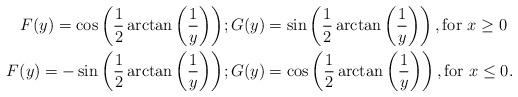
LaTeX: \begin{align*} F(y) = \cos \left(\dfrac{1}{2}\arctan\left(\dfrac{1}{y}\right)\right) &; G(y) = \sin \left(\dfrac{1}{2}\arctan\left(\dfrac{1}{y}\right)\right), \textrm{for }x \geq 0 \\ F(y) = -\sin \left(\dfrac{1}{2}\arctan\left(\dfrac{1}{y}\right)\right) &; G(y) = \cos \left(\dfrac{1}{2}\arctan\left(\dfrac{1}{y}\right)\right), \textrm{for }x \leq 0.\end{align*}